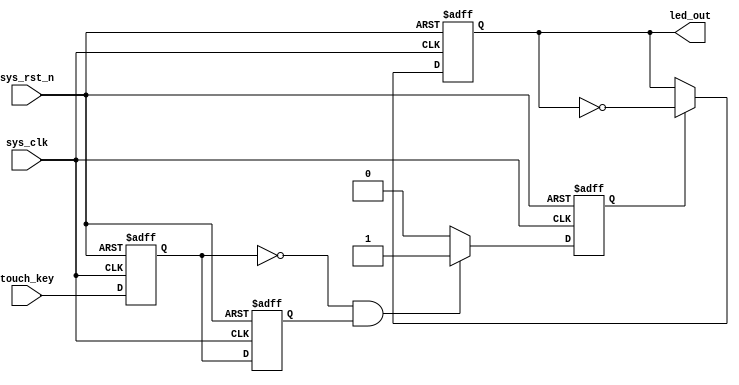
module touch_key(
    input sys_clk,
    input sys_rst_n,
    input touch_key,

    output reg  led_out
);

reg touch_key1;
reg touch_key2;
reg touch_flag;

always @(posedge sys_clk or negedge sys_rst_n ) begin
    if(!sys_rst_n)begin
        touch_key1 <= 1'b0;
        touch_key2 <= 1'b0;
    end
    else begin
        touch_key1 <= touch_key;
        touch_key2 <= touch_key1;
    end
end

always @(posedge sys_clk or negedge sys_rst_n ) begin
    if(!sys_rst_n)
       touch_flag <= 0;
    else if(touch_key1 == 1'b0 && touch_key2 == 1'b1)
       touch_flag <= 1'b1;
    else 
       touch_flag <= 1'b0; 
end

always@(posedge sys_clk or negedge sys_rst_n)begin
    if(!sys_rst_n)
      led_out <= 1'b0;
    else if(touch_flag == 1'b1)
      led_out <= ~led_out;
    else
      led_out <= led_out;
end

endmodule // touch_key